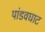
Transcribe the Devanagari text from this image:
पांडवघाट